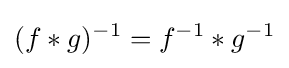
(f\ast g)^{-1}=f^{-1}\ast g^{-1}